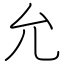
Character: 允